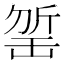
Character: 𣂬